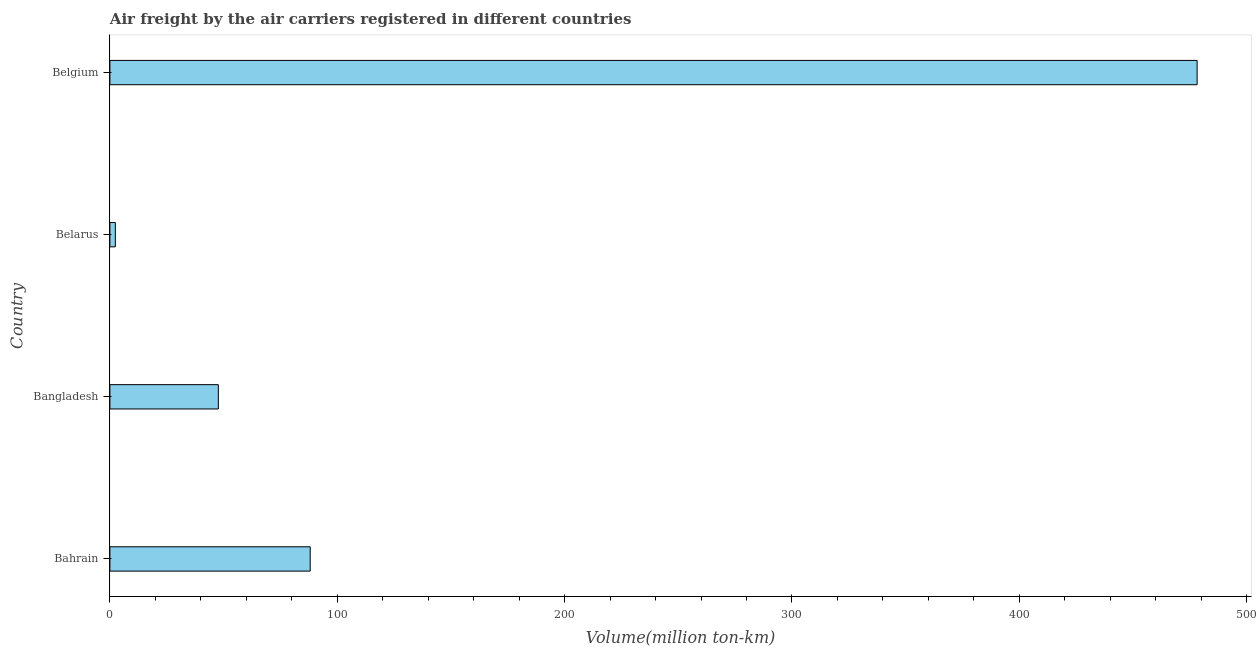
| Country | Air transport |
 | --- | --- |
 | Bahrain | 88.1 |
 | Bangladesh | 47.7 |
 | Belarus | 2.4 |
 | Belgium | 478 |